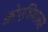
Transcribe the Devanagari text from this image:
क्रोएशियासह